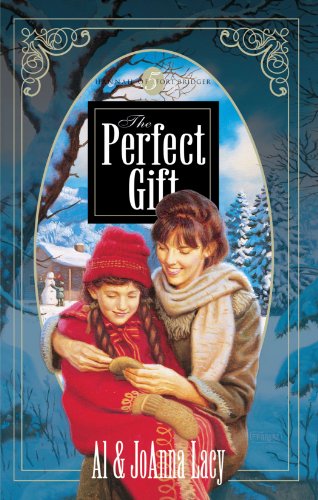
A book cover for The Perfect Gift (Hannah of Fort Bridger Series #5); Al & Joanna Lacy; Religion & Spirituality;